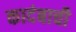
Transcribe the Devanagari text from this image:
कादंबाची